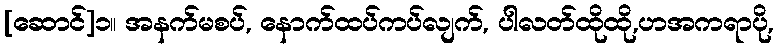
[ဆောင်]၁။ အနက်မစပ်, နောက်ထပ်ကပ်လျက်, ပါလတ်ထိုထို,ဟအကရာပို,